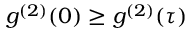
g ^ { ( 2 ) } ( 0 ) \ge g ^ { ( 2 ) } ( \tau )